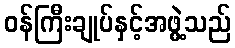
ဝန်ကြီးချုပ်နှင့်အဖွဲ့သည်